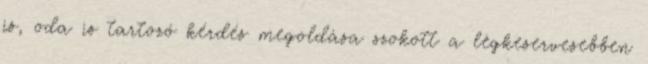
is, oda is tartozó kérdés megoldása szokott a legkeservesebben